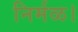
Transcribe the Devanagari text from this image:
निर्मळ।